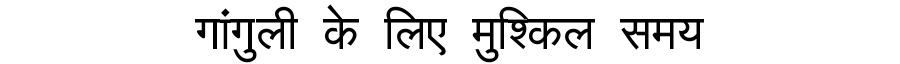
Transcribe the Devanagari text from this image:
गांगुली के लिए मुश्किल समय